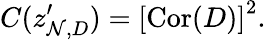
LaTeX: C(z_{\mathcal{N},D}^{\prime})=\left[\mathrm{{Cor}}(D)\right]^{2}.